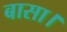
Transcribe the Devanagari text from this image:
बासा।